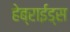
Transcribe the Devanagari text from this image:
हेब्राईड्स